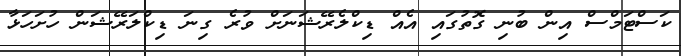
ކަސްޓަމްސް އިން ބުނި ގޮތުގައި އެއް ޑިކްލެރޭޝަނަށް ވުރެ ގިނަ ޑިކްލަރޭޝަން ހުށަހަޅާ